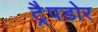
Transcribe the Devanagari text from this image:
ट्रैपडोर